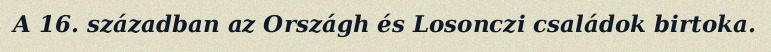
A 16. században az Országh és Losonczi családok birtoka.